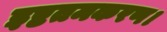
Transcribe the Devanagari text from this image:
इष्टतमकरण।